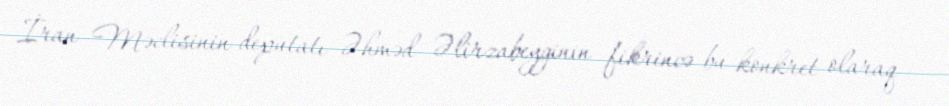
İran Məclisinin deputatı Əhməd Əlirzabeyginin fikrincə bu konkret olaraq